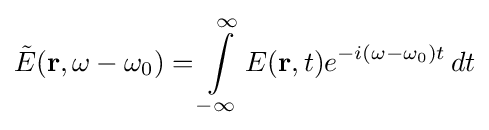
{\tilde {E}}(\mathbf {r} ,\omega -\omega _{0})=\int \limits _{-\infty }^{\infty }E(\mathbf {r} ,t)e^{-i(\omega -\omega _{0})t}\,dt